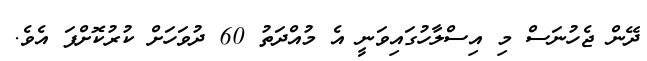
ދޭން ޖެހުނަސް މި އިސްލާހުގައިވަނީ އެ މުއްދަތު 60 ދުވަހަށް ކުރުކޮށްފަ އެވެ.